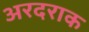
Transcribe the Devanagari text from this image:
अरदराक